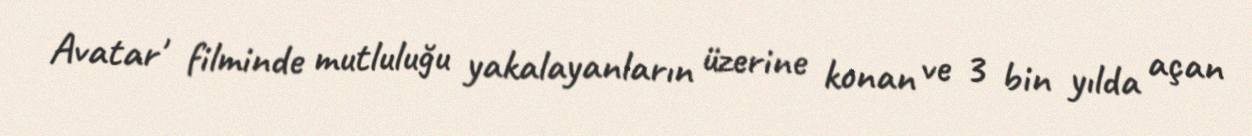
Avatar' filminde mutluluğu yakalayanların üzerine konan ve 3 bin yılda açan